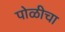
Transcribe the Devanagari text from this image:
पोळीचा